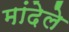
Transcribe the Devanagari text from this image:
मांदेले